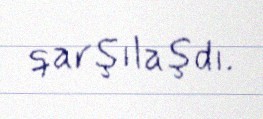
qarşılaşdı.